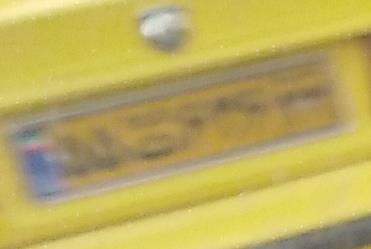
۵۵ت۶۳۶۲۲